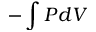
- \int P d V